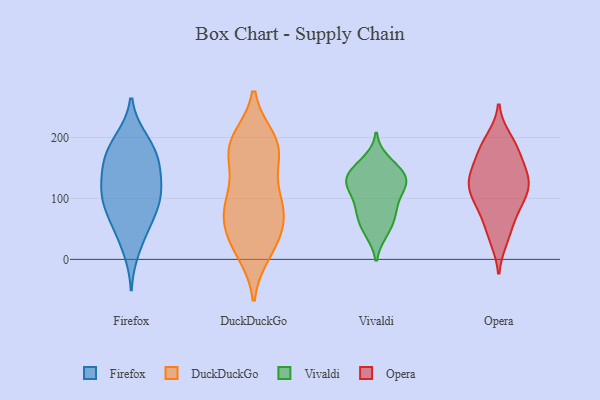
{"axis": {"x": "Energy Usage (MWh)", "y": "Value"}, "legend": ["DuckDuckGo", "Firefox", "Opera", "Vivaldi"], "data": [{"x": "", "y": 199, "type": "Firefox"}, {"x": "", "y": 111, "type": "Firefox"}, {"x": "", "y": 104, "type": "Firefox"}, {"x": "", "y": 160, "type": "Firefox"}, {"x": "", "y": 54, "type": "Firefox"}, {"x": "", "y": 14, "type": "Firefox"}, {"x": "", "y": 104, "type": "Firefox"}, {"x": "", "y": 72, "type": "Firefox"}, {"x": "", "y": 49, "type": "Firefox"}, {"x": "", "y": 177, "type": "Firefox"}, {"x": "", "y": 87, "type": "Firefox"}, {"x": "", "y": 164, "type": "Firefox"}, {"x": "", "y": 199, "type": "Firefox"}, {"x": "", "y": 138, "type": "Firefox"}, {"x": "", "y": 103, "type": "Firefox"}, {"x": "", "y": 135, "type": "Firefox"}, {"x": "", "y": 162, "type": "Firefox"}, {"x": "", "y": 176, "type": "DuckDuckGo"}, {"x": "", "y": 11, "type": "DuckDuckGo"}, {"x": "", "y": 39, "type": "DuckDuckGo"}, {"x": "", "y": 95, "type": "DuckDuckGo"}, {"x": "", "y": 185, "type": "DuckDuckGo"}, {"x": "", "y": 176, "type": "DuckDuckGo"}, {"x": "", "y": 73, "type": "DuckDuckGo"}, {"x": "", "y": 108, "type": "DuckDuckGo"}, {"x": "", "y": 191, "type": "DuckDuckGo"}, {"x": "", "y": 197, "type": "DuckDuckGo"}, {"x": "", "y": 14, "type": "DuckDuckGo"}, {"x": "", "y": 57, "type": "DuckDuckGo"}, {"x": "", "y": 66, "type": "DuckDuckGo"}, {"x": "", "y": 87, "type": "DuckDuckGo"}, {"x": "", "y": 191, "type": "DuckDuckGo"}, {"x": "", "y": 30, "type": "DuckDuckGo"}, {"x": "", "y": 146, "type": "DuckDuckGo"}, {"x": "", "y": 94, "type": "DuckDuckGo"}, {"x": "", "y": 82, "type": "Vivaldi"}, {"x": "", "y": 130, "type": "Vivaldi"}, {"x": "", "y": 93, "type": "Vivaldi"}, {"x": "", "y": 72, "type": "Vivaldi"}, {"x": "", "y": 148, "type": "Vivaldi"}, {"x": "", "y": 47, "type": "Vivaldi"}, {"x": "", "y": 116, "type": "Vivaldi"}, {"x": "", "y": 123, "type": "Vivaldi"}, {"x": "", "y": 72, "type": "Vivaldi"}, {"x": "", "y": 125, "type": "Vivaldi"}, {"x": "", "y": 44, "type": "Vivaldi"}, {"x": "", "y": 119, "type": "Vivaldi"}, {"x": "", "y": 139, "type": "Vivaldi"}, {"x": "", "y": 162, "type": "Vivaldi"}, {"x": "", "y": 146, "type": "Vivaldi"}, {"x": "", "y": 134, "type": "Opera"}, {"x": "", "y": 106, "type": "Opera"}, {"x": "", "y": 113, "type": "Opera"}, {"x": "", "y": 180, "type": "Opera"}, {"x": "", "y": 40, "type": "Opera"}, {"x": "", "y": 182, "type": "Opera"}, {"x": "", "y": 84, "type": "Opera"}, {"x": "", "y": 105, "type": "Opera"}, {"x": "", "y": 34, "type": "Opera"}, {"x": "", "y": 184, "type": "Opera"}, {"x": "", "y": 133, "type": "Opera"}, {"x": "", "y": 131, "type": "Opera"}, {"x": "", "y": 160, "type": "Opera"}, {"x": "", "y": 87, "type": "Opera"}, {"x": "", "y": 132, "type": "Opera"}, {"x": "", "y": 134, "type": "Opera"}, {"x": "", "y": 66, "type": "Opera"}, {"x": "", "y": 197, "type": "Opera"}]}